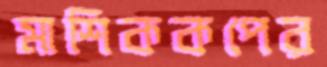
মাশিককপের